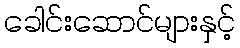
ခေါင်းဆောင်များနှင့်